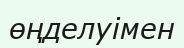
өңделуімен